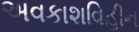
અવકાશવિહીન